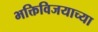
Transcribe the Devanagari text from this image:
भक्तिविजयाच्या